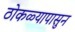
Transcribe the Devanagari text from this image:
ठोकळ्यापासुन